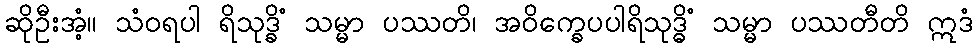
ဆိုဦးအံ့။ သံဝရပါ ရိသုဒ္ခိံ သမ္မာ ပဿတိ၊ အဝိက္ခေပပါရိသုဒ္ဓိံ သမ္မာ ပဿတီတိ ဣဒံ